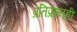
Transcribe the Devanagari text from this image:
प्रतिप्रश्‍नही